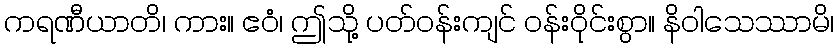
ကရဏီယာတိ၊ ကား။ ဧဝံ၊ ဤသို့ ပတ်ဝန်းကျင် ဝန်းဝိုင်းစွာ။ နိဝါသေဿာမိ၊